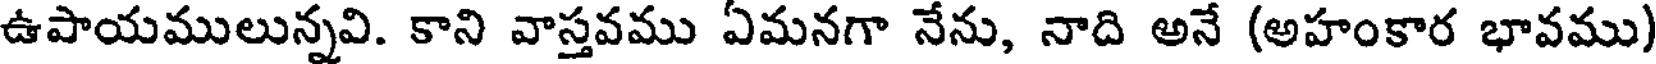
ఉపాయములున్నవి. కాని వాస్తవము ఏమనగా నేను, నాది అనే (అహంకార భావము)